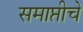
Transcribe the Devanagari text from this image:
समाप्तीचे